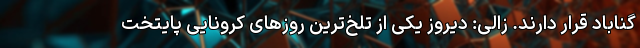
گناباد قرار دارند. زالی: دیروز یکی از تلخ‌ترین روزهای کرونایی پایتخت